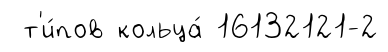
т'и́пов кольца́ 16132121-2